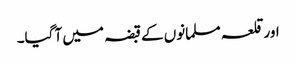
اورقلعہ مسلمانوں کے قبضہ میں آ گیا۔